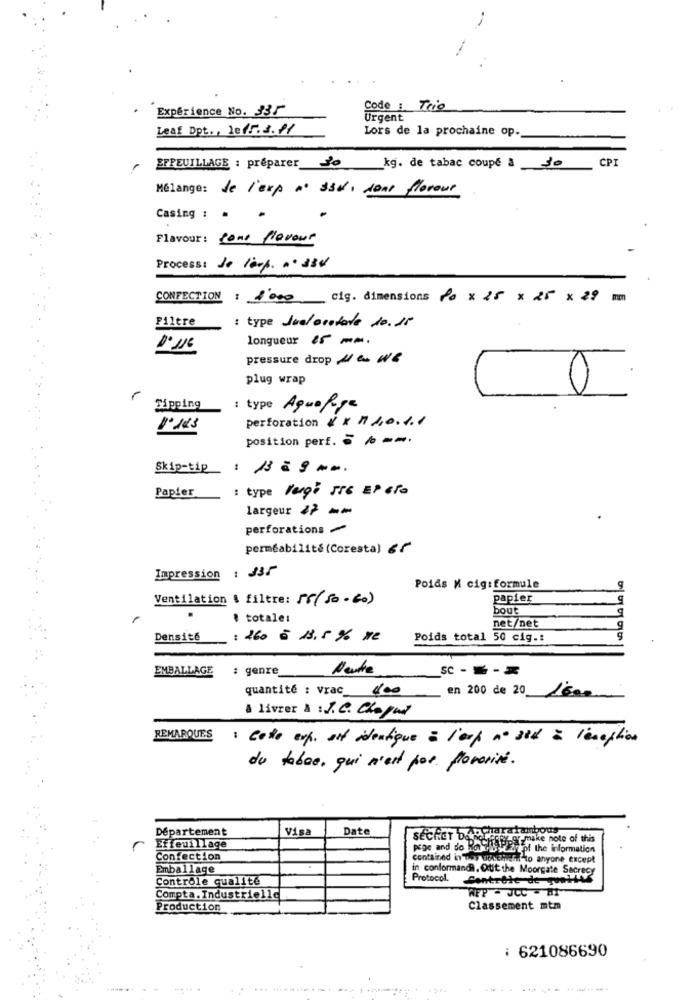
Experience No. 335
Code : Trio
Urgent
Leaf Dpt ., lef5.3 .? /
Lors de la prochaine op.
CPI
EFPEUILLAGE : préparer_do _kg. de tabac coupe a J
Mélange: de l'exp n' ssd, sons florour
Casing : .
Flavour : cone flavour
Process: de 1erp. .. 334
CONFECTION : 8000 cig. dimensions 0× 25 × 25 × 29 mm
Filtre
: type Juelorotate 10.15
longueur &5 mm.
pressure drop W/ C. We
plug wrap
0
Tipping
: type Agua Page
perforation $ $ 1 4.0.1.1
position perf. : / --.
Skip-tip
Papier
: type lenge 556 EP 610
largeur 27-
perforations
perméabilité (Coresta) &
Impression : 13/
Poids M cig:formule
Ventilation & filtre: 58(50-60)
papier
9
bout
# totale:
net/net
Densité
: 260 € 13,5 % ye
Poids total 50 cig .:
EMBALLAGE
: genre_
Neutre
SC - --
quantité : vrac
400
en 200 de 20
1600
à livrer A .J.C. Chapul
REMARQUES
: Cette exp. est identique à l'op nº 3il à lenoption
du tabac, qui n'est por flovarié.
Département
Visa
Date
SECRET DaDEHaratambous
pormake note of this
Effeuillage
prac and do Rotibu zy of the information
Confection
contained in way UPsehen? to
hun to anyone except
Emballage
in conformand, Quit the Moorgate Secrecy
Contrôle qualité
Protocol. Controle de quality
WFP - JCC - HI
Compta. Industrielle
Production
Classement mtm
: 621086690